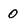
Character: 0